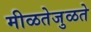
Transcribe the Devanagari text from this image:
मीळतेजुळते